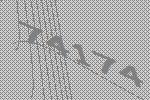
74174